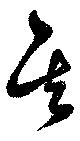
其